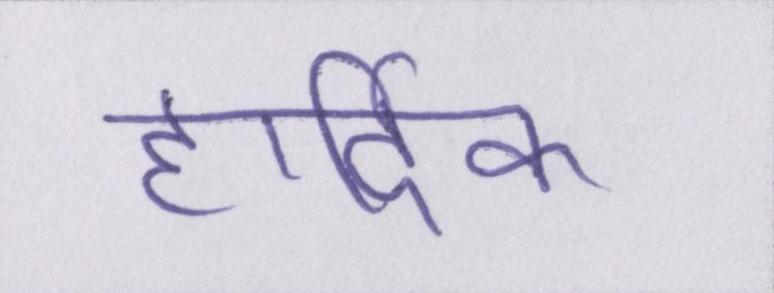
हार्दिक